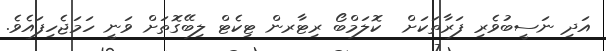
އަދި ނަސީބުވެރި ފަރާތަކަށް  ކޮލަމްބޯ ރިޓާރން ޓިކެޓް ލިބޭގޮތަށް ވަނީ ހަމަޖެހިފައެވެ.